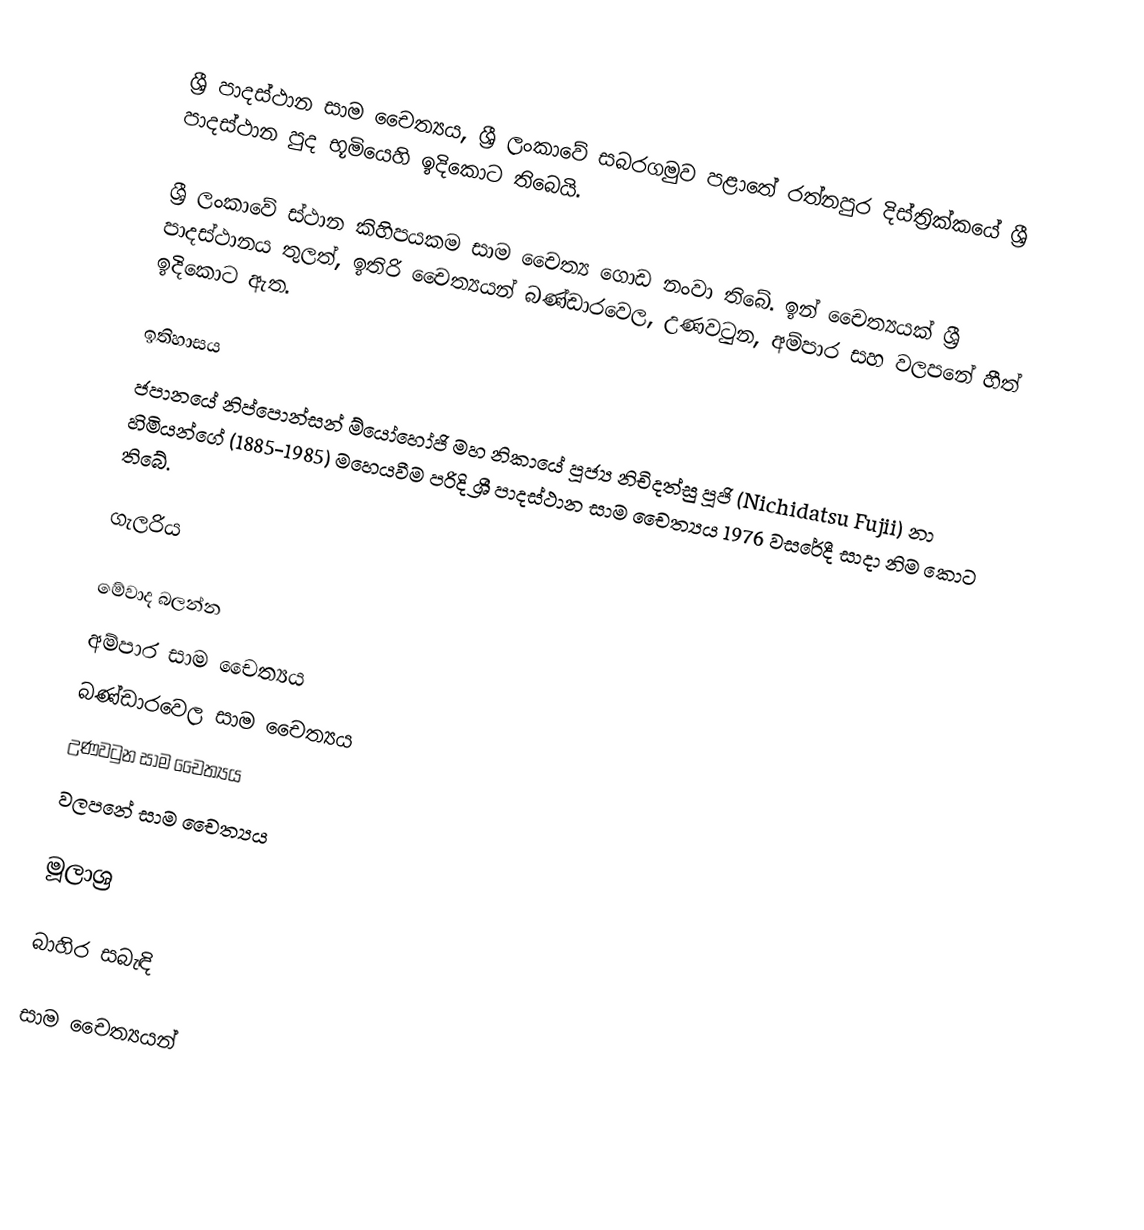
ශ්‍රී පාදස්ථාන සාම චෛත්‍යය, ශ්‍රී ලංකාවේ සබරගමුව පළාතේ රත්නපුර දිස්ත්‍රික්කයේ ශ්‍රී පාදස්ථාන පුද භූමියෙහි ඉදිකොට තිබෙයි.

ශ්‍රී ලංකාවේ ස්ථාන කිහිපයකම සාම චෛත්‍ය ගොඩ නංවා තිබේ. ඉන් චෛත්‍යයක් ශ්‍රී පාදස්ථානය තුලත්, ඉතිරි චෛත්‍යයන් බණ්ඩාරවෙල, උණවටුන, අම්පාර සහ වලපනේ හීත් ඉදිකොට ඇත.

ඉතිහාසය
ජපානයේ නිප්පොන්සන් ම්යෝහෝජි මහ නිකායේ පූජ්‍ය නිචිදත්සු පූජි (Nichidatsu Fujii) නා හිමියන්ගේ (1885-1985) මහෙයවීම පරිදි ශ්‍රී පාදස්ථාන සාම චෛත්‍යය 1976 වසරේදී සාදා නිම කොට තිබේ.

ගැලරිය

මේවාද බලන්න
අම්පාර සාම චෛත්‍යය
බණ්ඩාරවෙල සාම චෛත්‍යය
උණවටුන සාම චෛත්‍යය
වලපනේ සාම චෛත්‍යය

මූලාශ්‍ර

බාහිර සබැඳි

සාම චෛත්‍යයන්